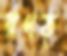
রণত্